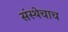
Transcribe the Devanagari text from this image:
संस्थेचाच